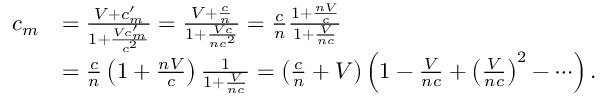
{ \begin{array} { r l } { c _ { m } } & { = { \frac { V + c _ { m } ^ { \prime } } { 1 + { \frac { V c _ { m } ^ { \prime } } { c ^ { 2 } } } } } = { \frac { V + { \frac { c } { n } } } { 1 + { \frac { V c } { n c ^ { 2 } } } } } = { \frac { c } { n } } { \frac { 1 + { \frac { n V } { c } } } { 1 + { \frac { V } { n c } } } } } \\ & { = { \frac { c } { n } } \left( 1 + { \frac { n V } { c } } \right) { \frac { 1 } { 1 + { \frac { V } { n c } } } } = \left( { \frac { c } { n } } + V \right) \left( 1 - { \frac { V } { n c } } + \left( { \frac { V } { n c } } \right) ^ { 2 } - \cdots \right) . } \end{array} }